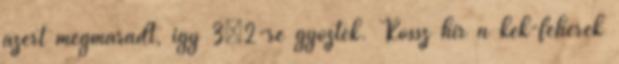
azért megmaradt, így 3–2-re győztek. Rossz hír a kék-fehérek